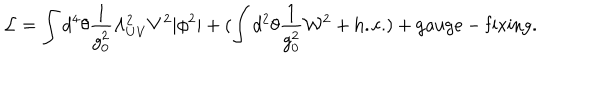
{ \cal L } = \int d ^ { 4 } \theta \frac { 1 } { g _ { 0 } ^ { 2 } } \Lambda _ { U V } ^ { 2 } V ^ { 2 } | \phi ^ { 2 } | + ( \int d ^ { 2 } \theta \frac { 1 } { g _ { 0 } ^ { 2 } } { \cal W } ^ { 2 } + \mathrm { h . c . } ) + \mathrm { g a u g e - f i x i n g } .